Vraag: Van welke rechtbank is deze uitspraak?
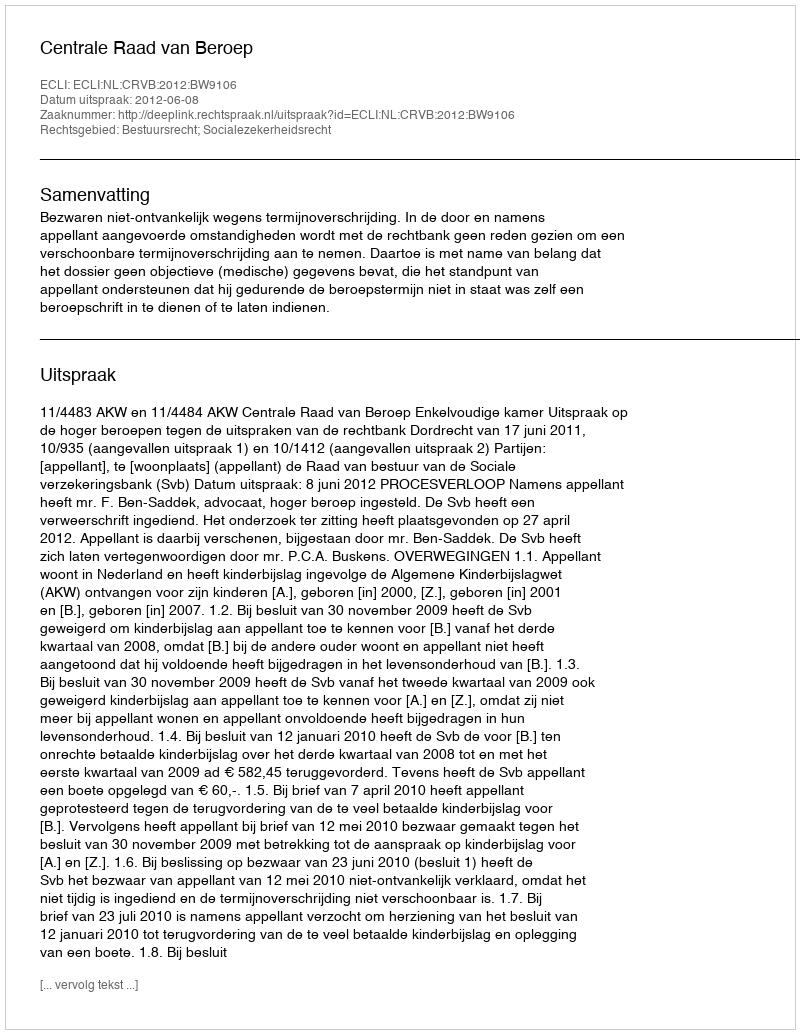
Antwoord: Centrale Raad van Beroep